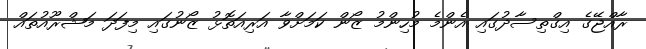
ރާއްޖޭގެ އިގްތިސާދުގައި އެންމެ މުހިންމު ޒޯން ކަމަށްވާ އަރިއަތޮޅު ޒޯނުގައި މިފަދަ މަޝްރޫއުތައް